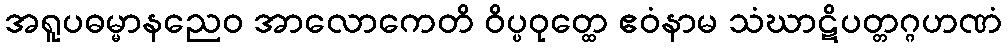
အရူပဓမ္မာနညေဝ အာလောကေတိ ဝိပ္ပဝုတ္ထေ ဧဝံနာမ သံဃာဋိပတ္တဂ္ဂဟဏံ